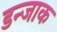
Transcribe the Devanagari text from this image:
डन्जाक